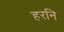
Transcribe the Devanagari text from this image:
हरनि